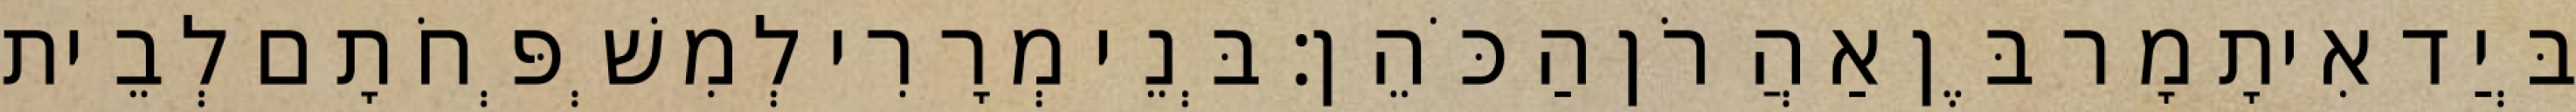
בְּיַד אִיתָמָר בֶּן אַהֲרֹן הַכֹּהֵן׃ בְּנֵי מְרָרִי לְמִשְׁפְּחֹתָם לְבֵית